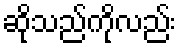
ဆိုသည်ကိုလည်း